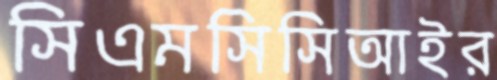
সিএমসিসিআইর